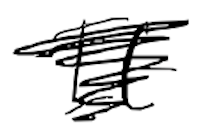
Text: It
Cross-out: scratch
Writing tool: digital_black